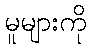
မူများကို